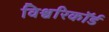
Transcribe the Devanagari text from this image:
विश्वरिकॉर्ड